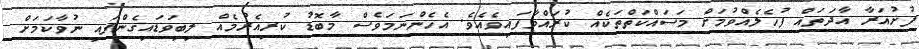
ފުށުއަރާ އާދަތައް ފުހެލެއްވުމަށް މަސައްކަތްތަކެއް ކުރައްވާފައިވެއެވެ. އެހެންނަމަވެސް މާބޮޑު ކުރިއެރުމެއް ލިބިވަޑައިގެންފައި ނުވާކަމަށް